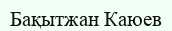
Бақытжан Каюев